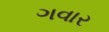
ગવાર